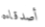
أصدقاءه